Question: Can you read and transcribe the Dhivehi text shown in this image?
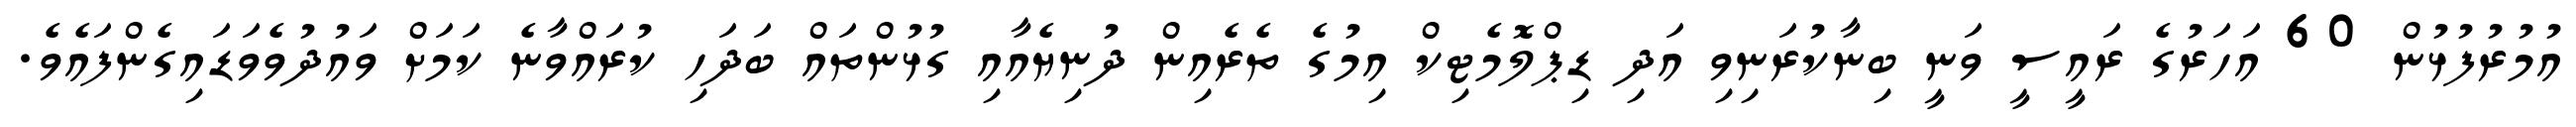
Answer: އުމުރުފުޅުން 60 އަހަރުގެ ރައީސީ ވަނީ ބިނާކުރަނިވި އަދި ޑިޕްލޮމެޓިކް އިމުގެ ތެރެއިން ދުނިޔެއާއި ގުޅުންތައް ބަދަހި ކުރައްވާނެ ކަމަށް ވައުދުވެވަޑައިގެންފައެވެ.